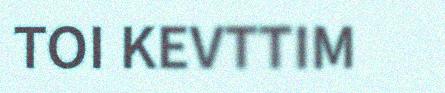
TOI KEVTTIM